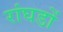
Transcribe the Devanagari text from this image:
रांघडों